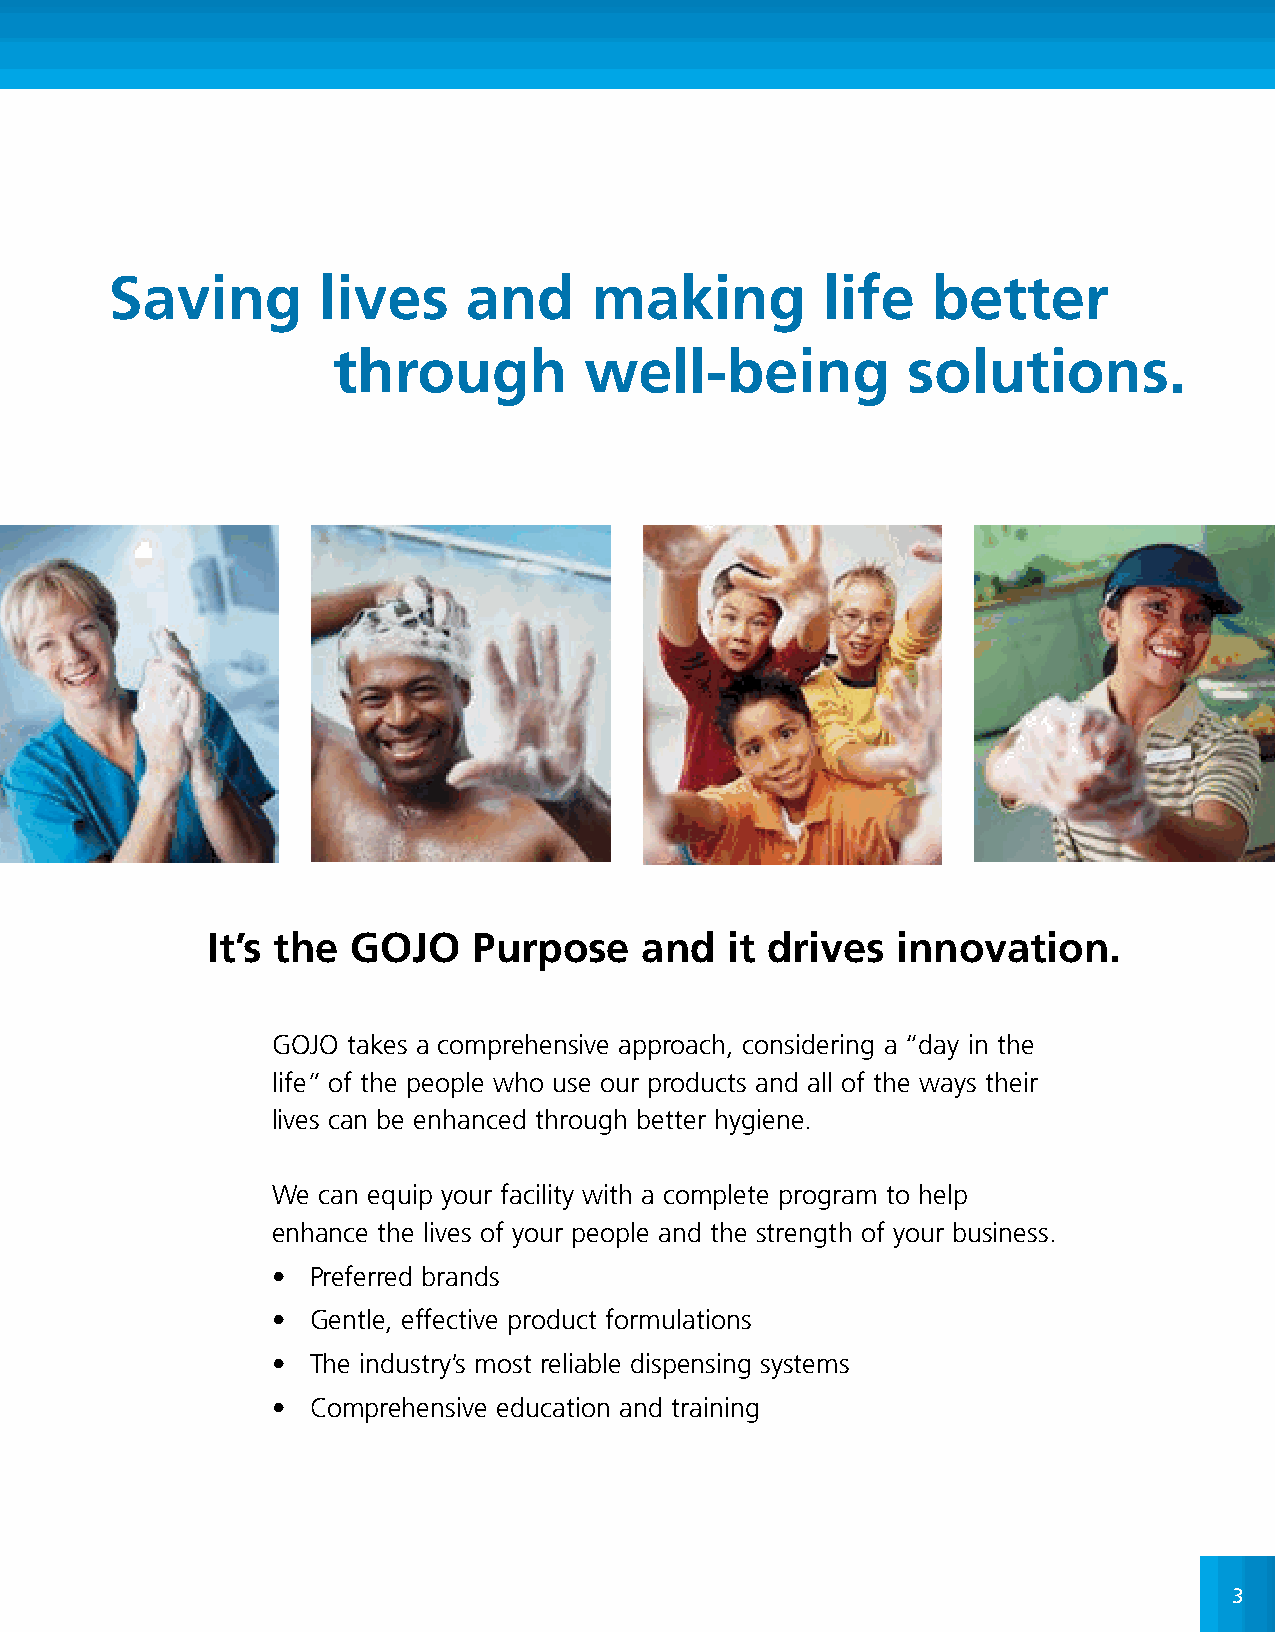
Saving        lives     and     making         life    better
 through          well-being           solutions.
 It’s the GOJO    Purpose    and   it drives  innovation.
 GOJO takes a comprehensive approach, considering a “day in the
 life” of the people who use our products and all of the ways their
 lives can be enhanced through better hygiene .
 We can equip your facility with a complete program to help
 enhance the lives of your people and the strength of your business .
 • Preferred brands
 • Gentle, effective product formulations
 • The industry’s most reliable dispensing systems
 • Comprehensive education and training
 3